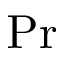
\mathrm { P r }